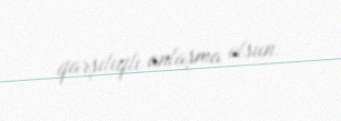
qarşılıqlı anlaşma olsun.